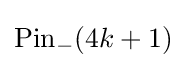
\mathrm {Pin} _{-}(4k+1)